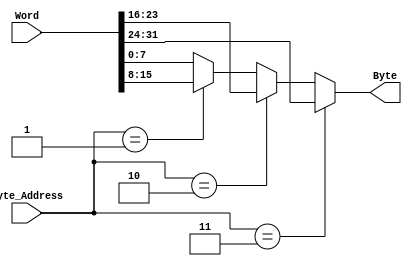
module ByteProcess(Byte_Address,Word,Byte);
	input [1:0] Byte_Address;
	input [31:0] Word;
	output reg [7:0] Byte;
	
	always @(*)begin
		if(Byte_Address==2'b11)			Byte = Word[31:24];
		else if(Byte_Address==2'b10)	Byte = Word[23:16];
		else if(Byte_Address==2'b01)	Byte = Word[15:8];
		else Byte = Word[7:0];
	end
endmodule